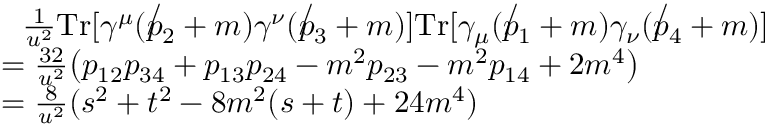
{ \begin{array} { r l } & { ~ ~ { \frac { 1 } { u ^ { 2 } } } \mathrm { T r } [ \gamma ^ { \mu } ( \not p _ { 2 } + m ) \gamma ^ { \nu } ( \not p _ { 3 } + m ) ] \mathrm { T r } [ \gamma _ { \mu } ( \not p _ { 1 } + m ) \gamma _ { \nu } ( \not p _ { 4 } + m ) ] } \\ & { = { \frac { 3 2 } { u ^ { 2 } } } { \big ( } p _ { 1 2 } p _ { 3 4 } + p _ { 1 3 } p _ { 2 4 } - m ^ { 2 } p _ { 2 3 } - m ^ { 2 } p _ { 1 4 } + 2 m ^ { 4 } { \big ) } } \\ & { = { \frac { 8 } { u ^ { 2 } } } ( s ^ { 2 } + t ^ { 2 } - 8 m ^ { 2 } ( s + t ) + 2 4 m ^ { 4 } ) } \end{array} }